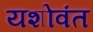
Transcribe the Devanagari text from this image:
यशोवंत